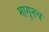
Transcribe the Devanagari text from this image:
मागूनच